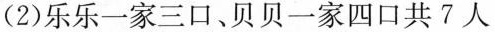
(2)乐乐一家三口、贝贝一家四口共7人(5